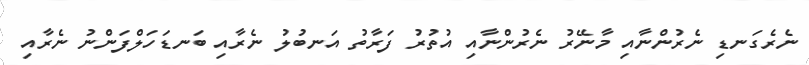
ނެރެގަނޑި ނެރުންނާއި މާނޭރު ނެރުންނާއި އުތުރު ފަރާތު އަނބުލު ނެރާއި ބަނޑަހަލްފަންނު ނެރާއި